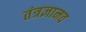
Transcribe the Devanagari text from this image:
तंत्रज्ञानव